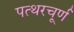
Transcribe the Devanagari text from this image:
पत्थरचूर्ण